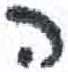
אות: ה